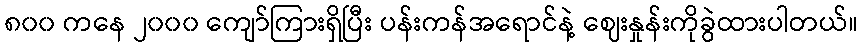
၈၀၀ ကနေ ၂၀၀၀ ကျော်ကြားရှိပြီး ပန်းကန်အရောင်နဲ့ ဈေးနှုန်းကိုခွဲထားပါတယ်။